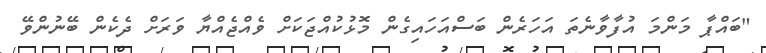
"ބައްޕާ މަންމަ އުފާވާނެތަ އަހަރެން ބަސްއަހައިގެން މޮޅުކުއްޖަކަށް ވެއްޖެއްޔާ ވަރަށް ދެކެން ބޭނުންވޭ